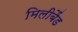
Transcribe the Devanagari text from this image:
मिलीबैंड